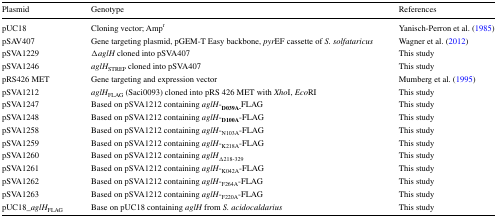
<table><thead><tr><td><b>Plasmid</b></td><td><b>Genotype</b></td><td><b>References</b></td></tr></thead><tbody><tr><td>pUC18</td><td>Cloning vector; Amp<sup>r</sup></td><td>Yanisch-Perron et al. (1985)</td></tr><tr><td>pSAV407</td><td>Gene targeting plasmid, pGEM-T Easy backbone, <i>pyr</i>EF cassette of <i>S. solfataricus</i></td><td>Wagner et al. (2012)</td></tr><tr><td>pSVA1229</td><td>Δ<i>aglH</i> cloned into pSVA407</td><td>This study</td></tr><tr><td>pSVA1246</td><td><i>aglH</i><sub>STREP</sub> cloned into pSVA407</td><td>This study</td></tr><tr><td>pRS426 MET</td><td>Gene targeting and expression vector</td><td>Mumberg et al. (1995)</td></tr><tr><td>pSVA1212</td><td><i>aglH</i><sub>FLAG</sub> (Saci0093) cloned into pRS 426 MET with <i>Xho</i>I, <i>Eco</i>RI</td><td>This study</td></tr><tr><td>pSVA1247</td><td>Based on pSVA1212 containing <i>aglH</i>-<sub><b>D039A-</b></sub>FLAG</td><td>This study</td></tr><tr><td>pSVA1248</td><td>Based on pSVA1212 containing <i>aglH</i>-<sub><b>D100A</b></sub>-FLAG</td><td>This study</td></tr><tr><td>pSVA1258</td><td>Based on pSVA1212 containing <i>aglH</i>-<sub>N103A</sub>-FLAG</td><td>This study</td></tr><tr><td>pSVA1259</td><td>Based on pSVA1212 containing <i>aglH</i>-<sub>K218A</sub>-FLAG</td><td>This study</td></tr><tr><td>pSVA1260</td><td>Based on pSVA1212 containing <i>aglH</i><sub>Δ218-329</sub></td><td>This study</td></tr><tr><td>pSVA1261</td><td>Based on pSVA1212 containing <i>aglH</i>-<sub>K042A</sub>-FLAG</td><td>This study</td></tr><tr><td>pSVA1262</td><td>Based on pSVA1212 containing <i>aglH</i>-<sub>F264A</sub>-FLAG</td><td>This study</td></tr><tr><td>pSVA1263</td><td>Based on pSVA1212 containing <i>aglH</i>-<sub>F220A</sub>-FLAG</td><td>This study</td></tr><tr><td>pUC18_<i>aglH</i><sub>FLAG</sub></td><td>Base on pUC18 containing <i>aglH</i> from <i>S. acidocaldarius</i></td><td>This study</td></tr></tbody></table>